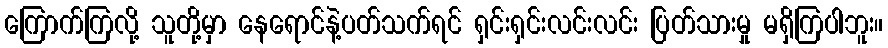
ကြောက်ကြလို့ သူတို့မှာ နေရောင်နဲ့ပတ်သက်ရင် ရှင်းရှင်းလင်းလင်း ပြတ်သားမှု မရှိကြပါဘူး။